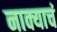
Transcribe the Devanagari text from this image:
नाक्याचं